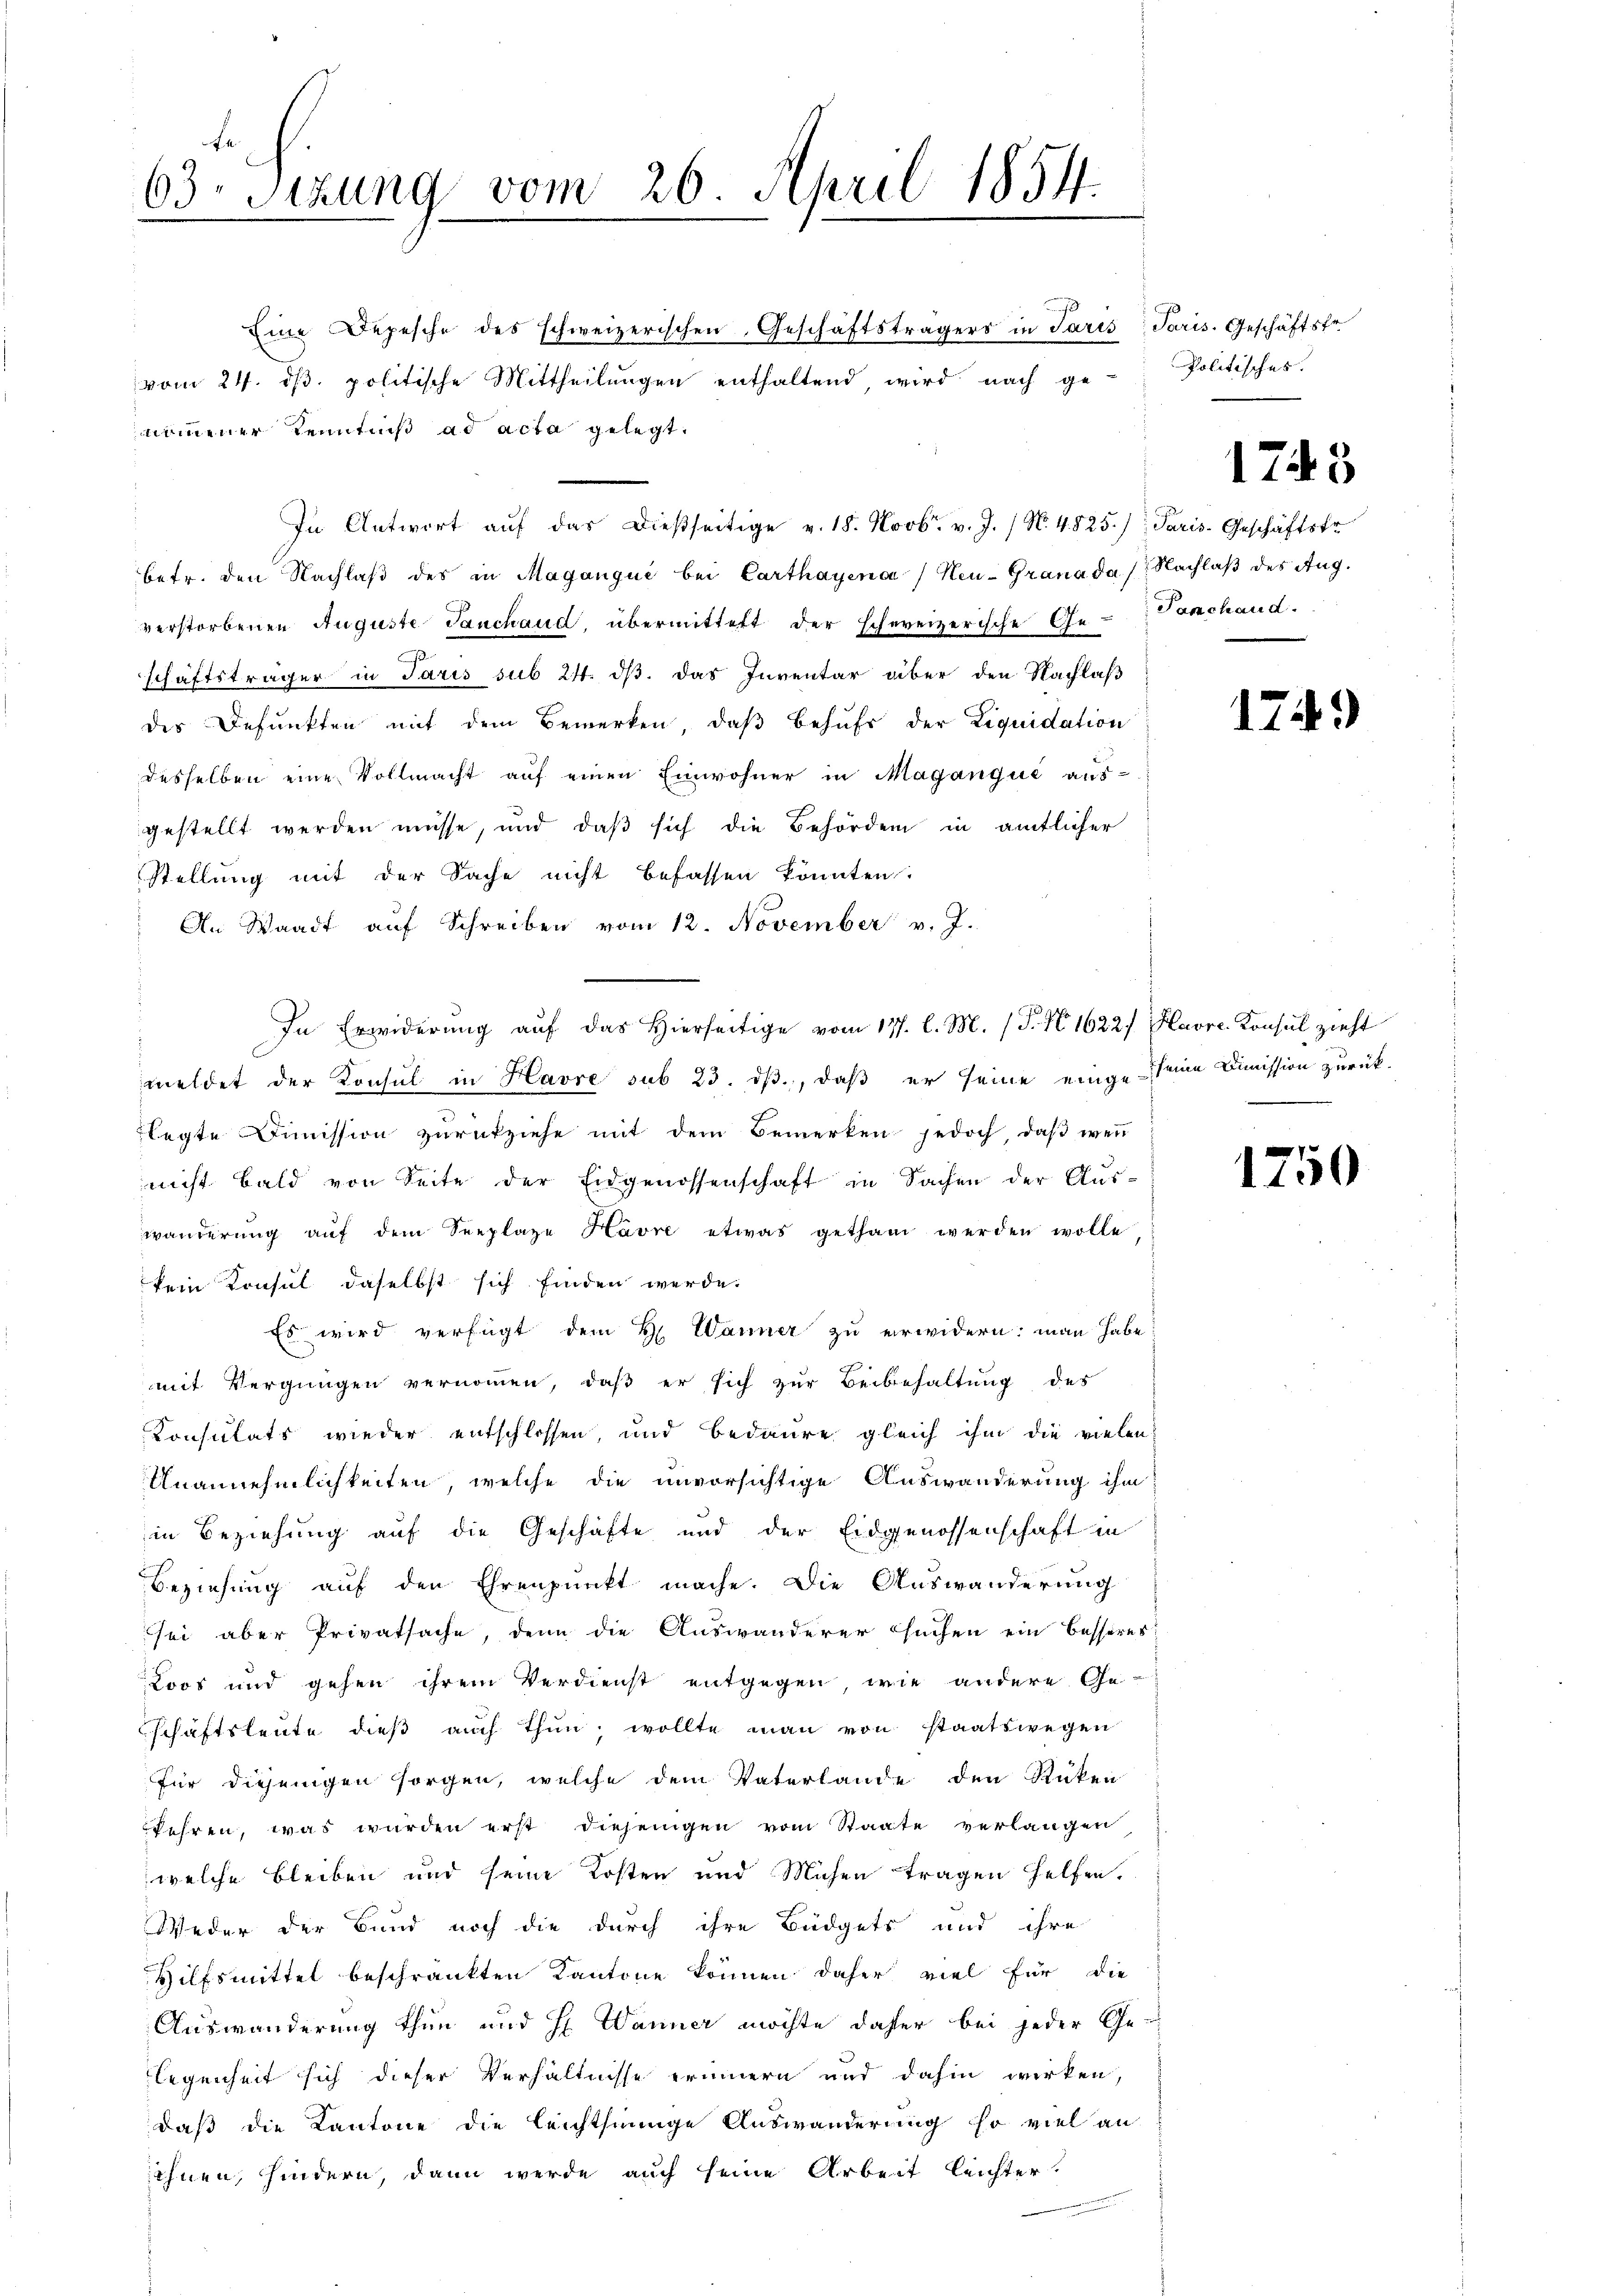
63. Sitzung vom 26. April 1854.

Eine Depesche des schweizerischen Geschäftsträgers in Paris Paris. Geschäftstr
vom 24. dβ. politische Mittheilŭngen enthaltend wird nach ge
nommener Kenntniß ad acta gelegt.
In Antwort aŭf das dießseitige v. 18. Novbr. v. J. / N. 4825.) Paris-Geschäftskr
betr. den Nachlaβ des in Maganque bei Carthayena) Neu-Granada Nachlaβ des Aug.
verstorbenen Auguste Tauchaud, übermittelt der schweizerische Ge-Vonchand.
schäftsträger in Paris sub 24. ds. das Inventar über den Nachlaß
des Befunkten mit dem Bewerken, daß behufs der Liquidation
desselben eine Vollmacht auf einen Einwohner in Maganqué aus-
gestellt werden müsse, und daß sich die Behörden in amtlicher
Stellung mit der Sache nicht befassen könnten.
An Waadt auf Schreiben vom 12. November v. J.
In Erwiderung auf das Hierseitige vom 177. l. M. (T. No. 1622/ Havre Konsul zieht
meldet der Konsul in Havre sub 23. ds., daß er seine einge seine Dimission zurücklegte Dimission zŭrückziehe mit dem Bemerken jedoch, daβ weṅ
nicht bald von Seite der Eidgenossenschaft in Sachen der Auswanderŭng aŭf dem Seeplaze Havre etwas gethan werden wolle,
kein Konsul daselbst sich finden werde.
Es wird verfügt dem H Wänner zu erwidern: man habe
mit Vergnügen vernommen, daß er sich zur Beibehaltung des
Konsulats wieder entschlossen, und bedaure gleich ihm die vielen
Unannehmlichkeiten, welche die unvorsichtige Auswanderung ihm
in Beziehung auf die Geschäfte und der Eidgenossenschaft in
Beziehung auf den Ehrenpunkt mache. Die Auswanderung
sei aber Privatsache, denn die Auswanderer suchen ein besseres
Loos und gehen ihrem Verdienst entgegen, wie andere Ge-
schäftsleute dieβ aŭch thŭn wollte man von staatswegen
für diejenigen sorgen, welche dem Vaterlande den Rücken
kehren, was wurden erst diejenigen vom Staate verlangen
welche bleiben und seine Kosten und Michen tragen helfen.
Weder der Bund noch die durch ihre Büdgets und ihre
Hilfsmittel beschränkten Kantone können daher viel für die
Auswanderung thun und H. Wanner möchte daher bei jeder Ge-
legenheit sich dieser Verhältnisse erinnern und dahin wirken,
daß die Kantone die leichtsinnige Auswanderung so viel an
ohnen, hindern, dann werde auch seine Arbeit leichter.

Politisches.

1743

1749

1750